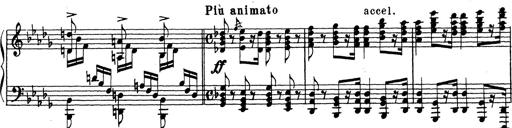
Title: Ballade No.1
Composer: Richard St. Clair